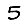
Digit: 5